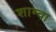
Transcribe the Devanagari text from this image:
शाम्वा